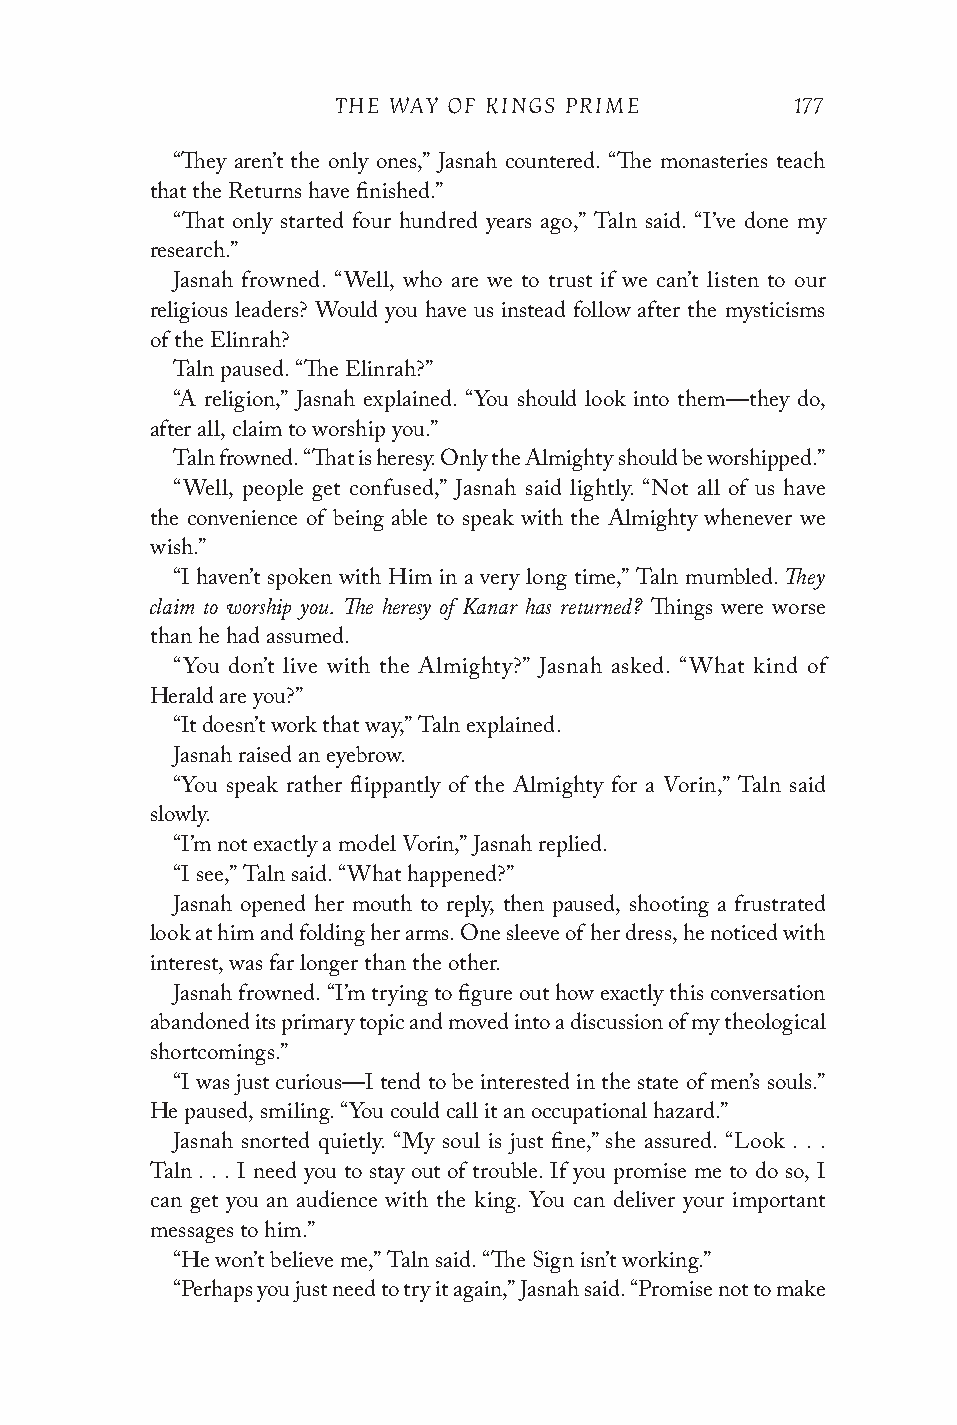
THE WAY OF KINGS PRIME         177
 “They aren’t the only ones,” Jasnah countered. “The monasteries teach
 that the Returns have finished.”
 “That only started four hundred years ago,” Taln said. “I’ve done my
 research.”
 Jasnah frowned. “Well, who are we to trust if we can’t listen to our
 religious leaders? Would you have us instead follow after the mysticisms
 of the Elinrah?
 Taln paused. “The Elinrah?”
 “A religion,” Jasnah explained. “You should look into them—they do,
 after all, claim to worship you.”
 Taln frowned. “That is heresy. Only the Almighty should be worshipped.”
 “Well, people get confused,” Jasnah said lightly. “Not all of us have
 the convenience of being able to speak with the Almighty whenever we
 wish.”
 They
 “I haven’t spoken with Him in a very long time,” Taln mumbled.
 claim to worship you. The heresy of Kanar has returned?
 Things were worse
 than he had assumed.
 “You don’t live with the Almighty?” Jasnah asked. “What kind of
 Herald are you?”
 “It doesn’t work that way,” Taln explained.
 Jasnah raised an eyebrow.
 “You speak rather flippantly of the Almighty for a Vorin,” Taln said
 slowly.
 “I’m not exactly a model Vorin,” Jasnah replied.
 “I see,” Taln said. “What happened?”
 Jasnah opened her mouth to reply, then paused, shooting a frustrated
 look at him and folding her arms. One sleeve of her dress, he noticed with
 interest, was far longer than the other.
 Jasnah frowned. “I’m trying to figure out how exactly this conversation
 abandoned its primary topic and moved into a discussion of my theological
 shortcomings.”
 “I was just curious—I tend to be interested in the state of men’s souls.”
 He paused, smiling. “You could call it an occupational hazard.”
 Jasnah snorted quietly. “My soul is just fine,” she assured. “Look . . .
 Taln . . . I need you to stay out of trouble. If you promise me to do so, I
 can get you an audience with the king. You can deliver your important
 messages to him.”
 “He won’t believe me,” Taln said. “The Sign isn’t working.”
 “Perhaps you just need to try it again,” Jasnah said. “Promise not to make